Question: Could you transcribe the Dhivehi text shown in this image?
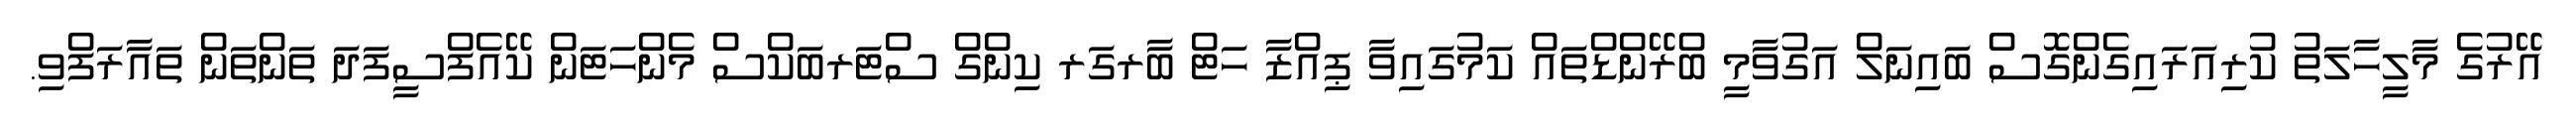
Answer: އޭރުގެ މާލީހާލަތު ކުރިއަރައިގެންގޮސް ބައިނަލް އަގުވާމީ ބްރޭންޑްތައް ކަމުގައިވާ ޕިއްޒާ ހަޓް ބާރގަރ ކިންގް ސްޓަރބަކްސް މެންހަޓަން ކޭއެފްސީފަދަ ތަންތަން ތައާރަފްވި.